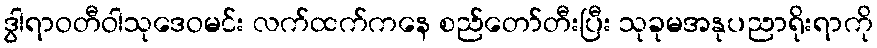
ဒွါရာဝတီဝါသုဒေဝမင်း လက်ထက်ကနေ စည်တော်တီးပြီး သုခုမအနုပညာရိုးရာကို